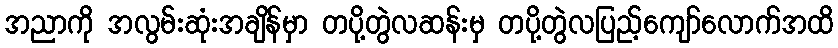
အညာကို အလွမ်းဆုံးအချိန်မှာ တပို့တွဲလဆန်းမှ တပို့တွဲလပြည့်ကျော်လောက်အထိ